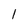
Character: l